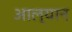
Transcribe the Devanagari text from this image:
आल्यान